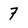
Character: 7